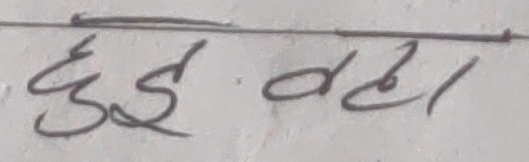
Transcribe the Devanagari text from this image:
हुई वह।